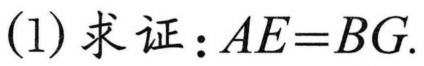
(1) 求证：\(AE = BG\).